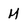
Character: M